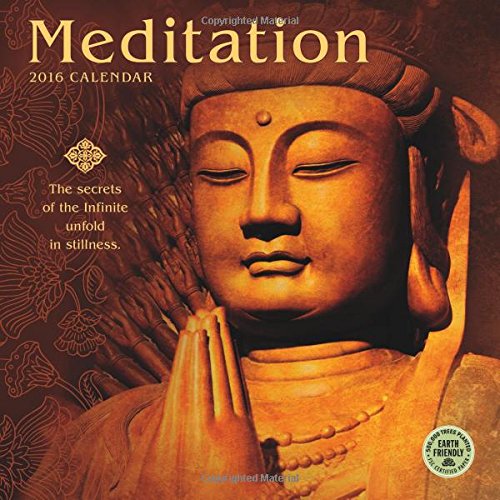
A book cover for Meditation 2016 Wall Calendar; Amber Lotus Publishing; Religion & Spirituality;